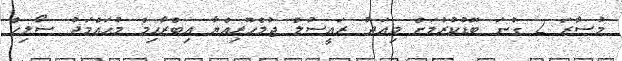
މުސާރަ 2 ގުނަ ބޮޑުކުރުމަށް މިއަދު ރައީސުލް ޖުމްހޫރިއްޔާ އިބްރާޙިމް މުޙައްމަދު ސޯލިހް